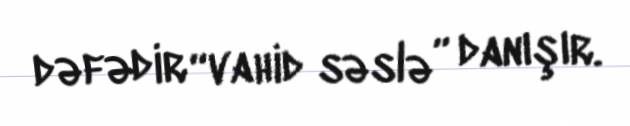
dəfədir “vahid səslə” danışır.